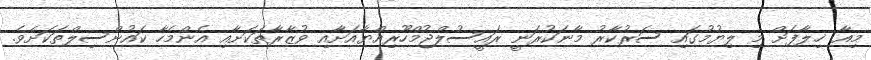
މިއާ ޚިލާފަށް މި ލިޔުމުގައި ސަރުކާރު މާނަކުރަނީ ރައީސުލްޖުމްހޫރިއްޔާއަށާއި ވުޒާރާތަކަށާއި އެންމެހާ ކައުންސިލްތަކަށެވެ.